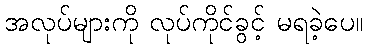
အလုပ်များကို လုပ်ကိုင်ခွင့် မရခဲ့ပေ။